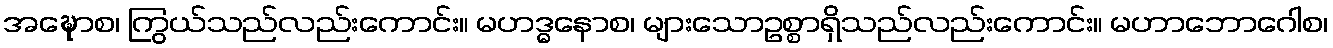
အဍ္ဎောစ၊ ကြွယ်သည်လည်းကောင်း။ မဟဒ္ဓနောစ၊ များသောဥစ္စာရှိသည်လည်းကောင်း။ မဟာဘောဂေါစ၊